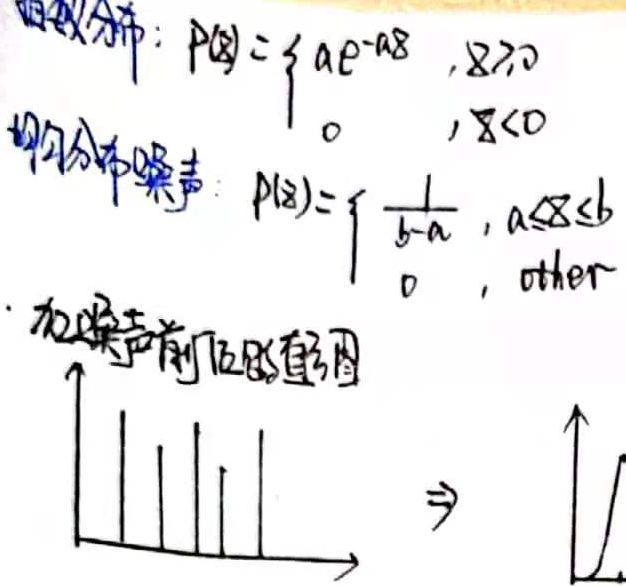
指数分布：
\[P(x)=\begin{cases}
ae^{-ax},&x\geq0\\
0,&x<0
\end{cases}\]
均匀分布噪声：
\[P(x)=\begin{cases}
\frac{1}{b - a},&a\leq x\leq b\\
0,&\text{other}
\end{cases}\]
· 加噪声前后的直方图